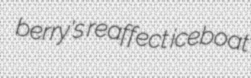
berry's reaffect iceboat